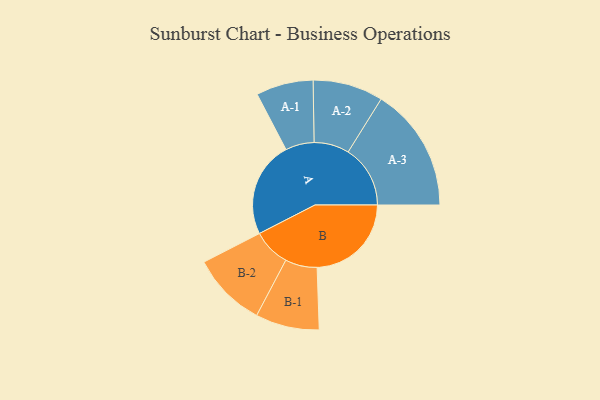
{"axis": {"x": "Segment", "y": "Value"}, "legend": ["", "A", "B"], "data": [{"x": "A", "y": 412, "type": ""}, {"x": "B", "y": 405, "type": ""}, {"x": "A-1", "y": 123, "type": "A"}, {"x": "A-2", "y": 151, "type": "A"}, {"x": "A-3", "y": 267, "type": "A"}, {"x": "B-1", "y": 137, "type": "B"}, {"x": "B-2", "y": 161, "type": "B"}]}